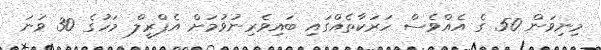
މިނިވަން 50 ގެ އެއްވެސް ހަރަކާތެއްގައި ބައިވެރިނުވުމަށް އެޕްރީލް މަހުގެ 30 ވަނަ